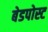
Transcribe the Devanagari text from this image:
बेडपोस्ट